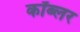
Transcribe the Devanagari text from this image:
कॉब्लर